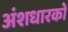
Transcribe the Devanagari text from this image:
अंशधारको